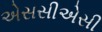
એસસીએસી